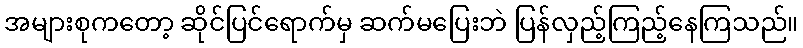
အများစုကတော့ ဆိုင်ပြင်ရောက်မှ ဆက်မပြေးဘဲ ပြန်လှည့်ကြည့်နေကြသည်။